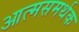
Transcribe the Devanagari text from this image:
आत्मसमर्थक